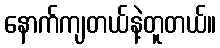
နောက်ကျတယ်နဲ့တူတယ်။